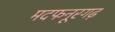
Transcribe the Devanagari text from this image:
मदफनूरगढ़